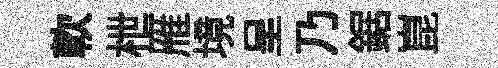
軟枻雁境呈乃鋸崑